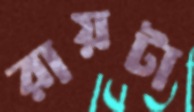
রায়টা